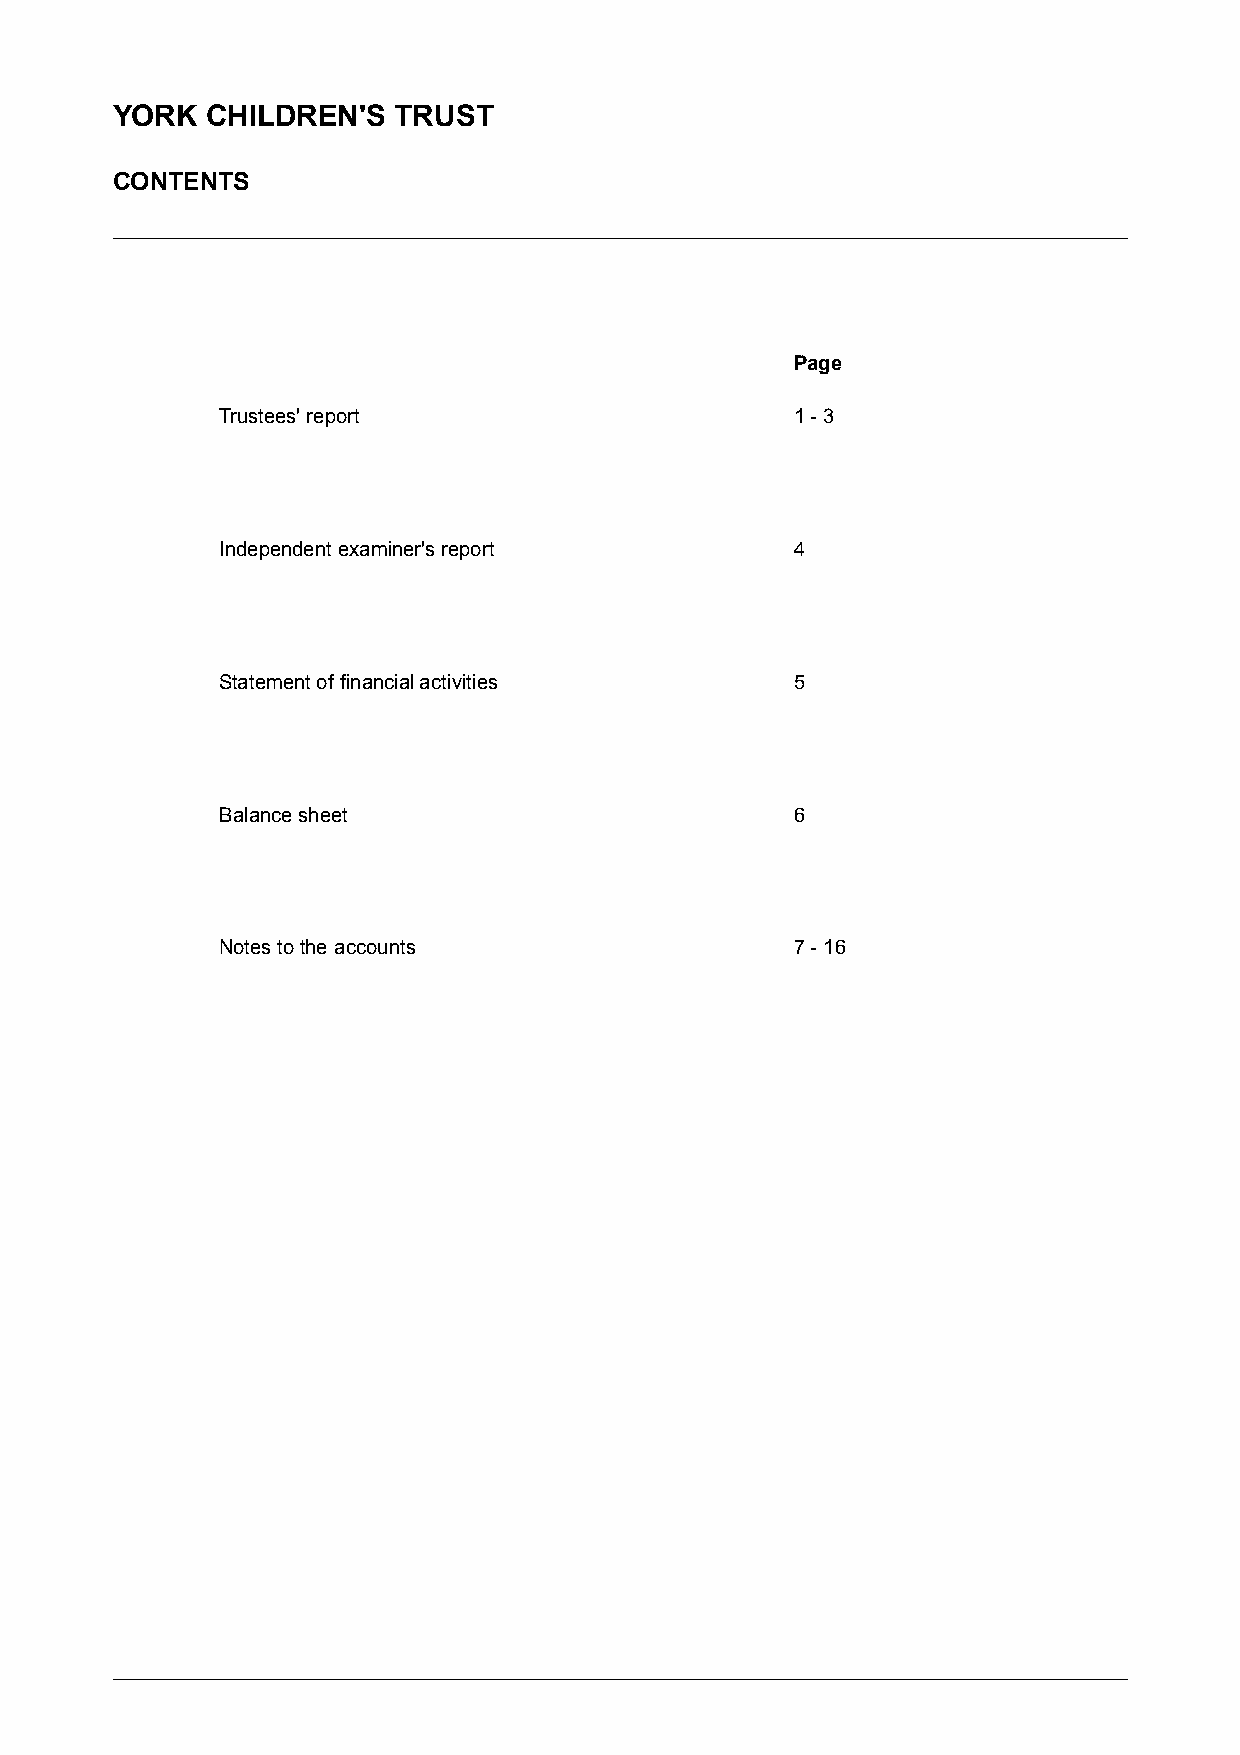
YORK   CHILDREN'S  TRUST
 CONTENTS
 Page
 Trustees' report                      1 -3
 Independent examiner's report         4
 Statement of financial activities     5
 Balance sheet                         6
 Notes to the accounts                 7 -16